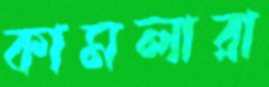
কামলারা